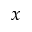
\boldsymbol { x }